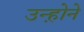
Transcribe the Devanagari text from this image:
उन्ह़ोने